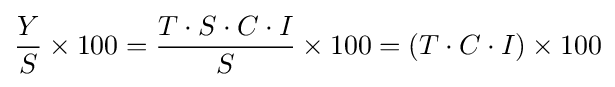
{\frac {Y}{S}}\times 100={\frac {T\cdot S\cdot C\cdot I}{S}}\times 100=(T\cdot C\cdot I)\times 100